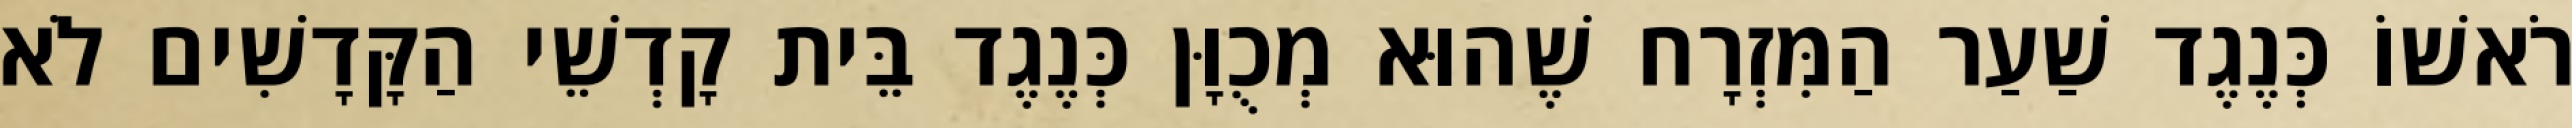
רֹאשׁוֹ כְּנֶגֶד שַׁעַר הַמִּזְרָח שֶׁהוּא מְכֻוָּן כְּנֶגֶד בֵּית קָדְשֵׁי הַקָּדָשִׁים לֹא